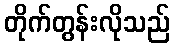
တိုက်တွန်းလိုသည်